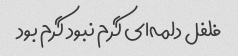
فلفل دلمه‌ای گرم نبود گرم بود